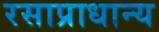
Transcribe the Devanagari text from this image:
रसाप्राधान्य